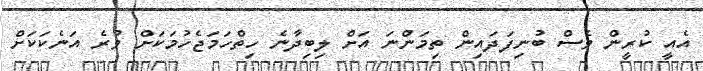
އެއީ ކުރީން ވެސް ބުނިފަދައިން ތިމަންނަ އަށް ލިބިދާނެ ހިތްހަމަޖެހުމަކަށް ވުރެ އަނެކަކަށް